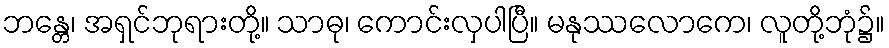
ဘန္တေ၊ အရှင်ဘုရားတို့။ သာဓု၊ ကောင်းလှပါပြီ။ မနုဿလောကေ၊ လူတို့ဘုံ၌။